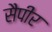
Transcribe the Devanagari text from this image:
सैपीर